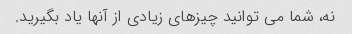
نه، شما می توانید چیزهای زیادی از آنها یاد بگیرید.